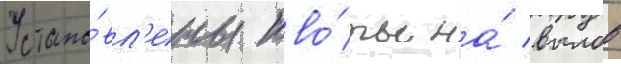
Устано́вл'ены кво́ты на́ вылов